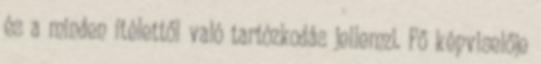
és a minden ítélettől való tartózkodás jellemzi. Fő képviselője